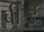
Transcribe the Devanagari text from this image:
बी॰ई॰